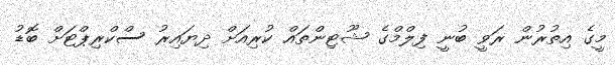
މީގެ އިތުރުން ރަވީ ބުނީ ފިލްމްގެ ޝޫޓިންތައް ކުރިއަށް ދިޔައިރު ސްކްރިޕްޓަށް ބޮޑު